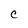
Character: C